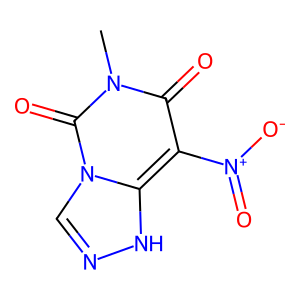
SMILES: Cn1c(=O)c([N+](=O)[O-])c2[nH]ncn2c1=O
Inhibits HIV replication: No